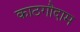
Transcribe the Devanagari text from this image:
काठगौदाम